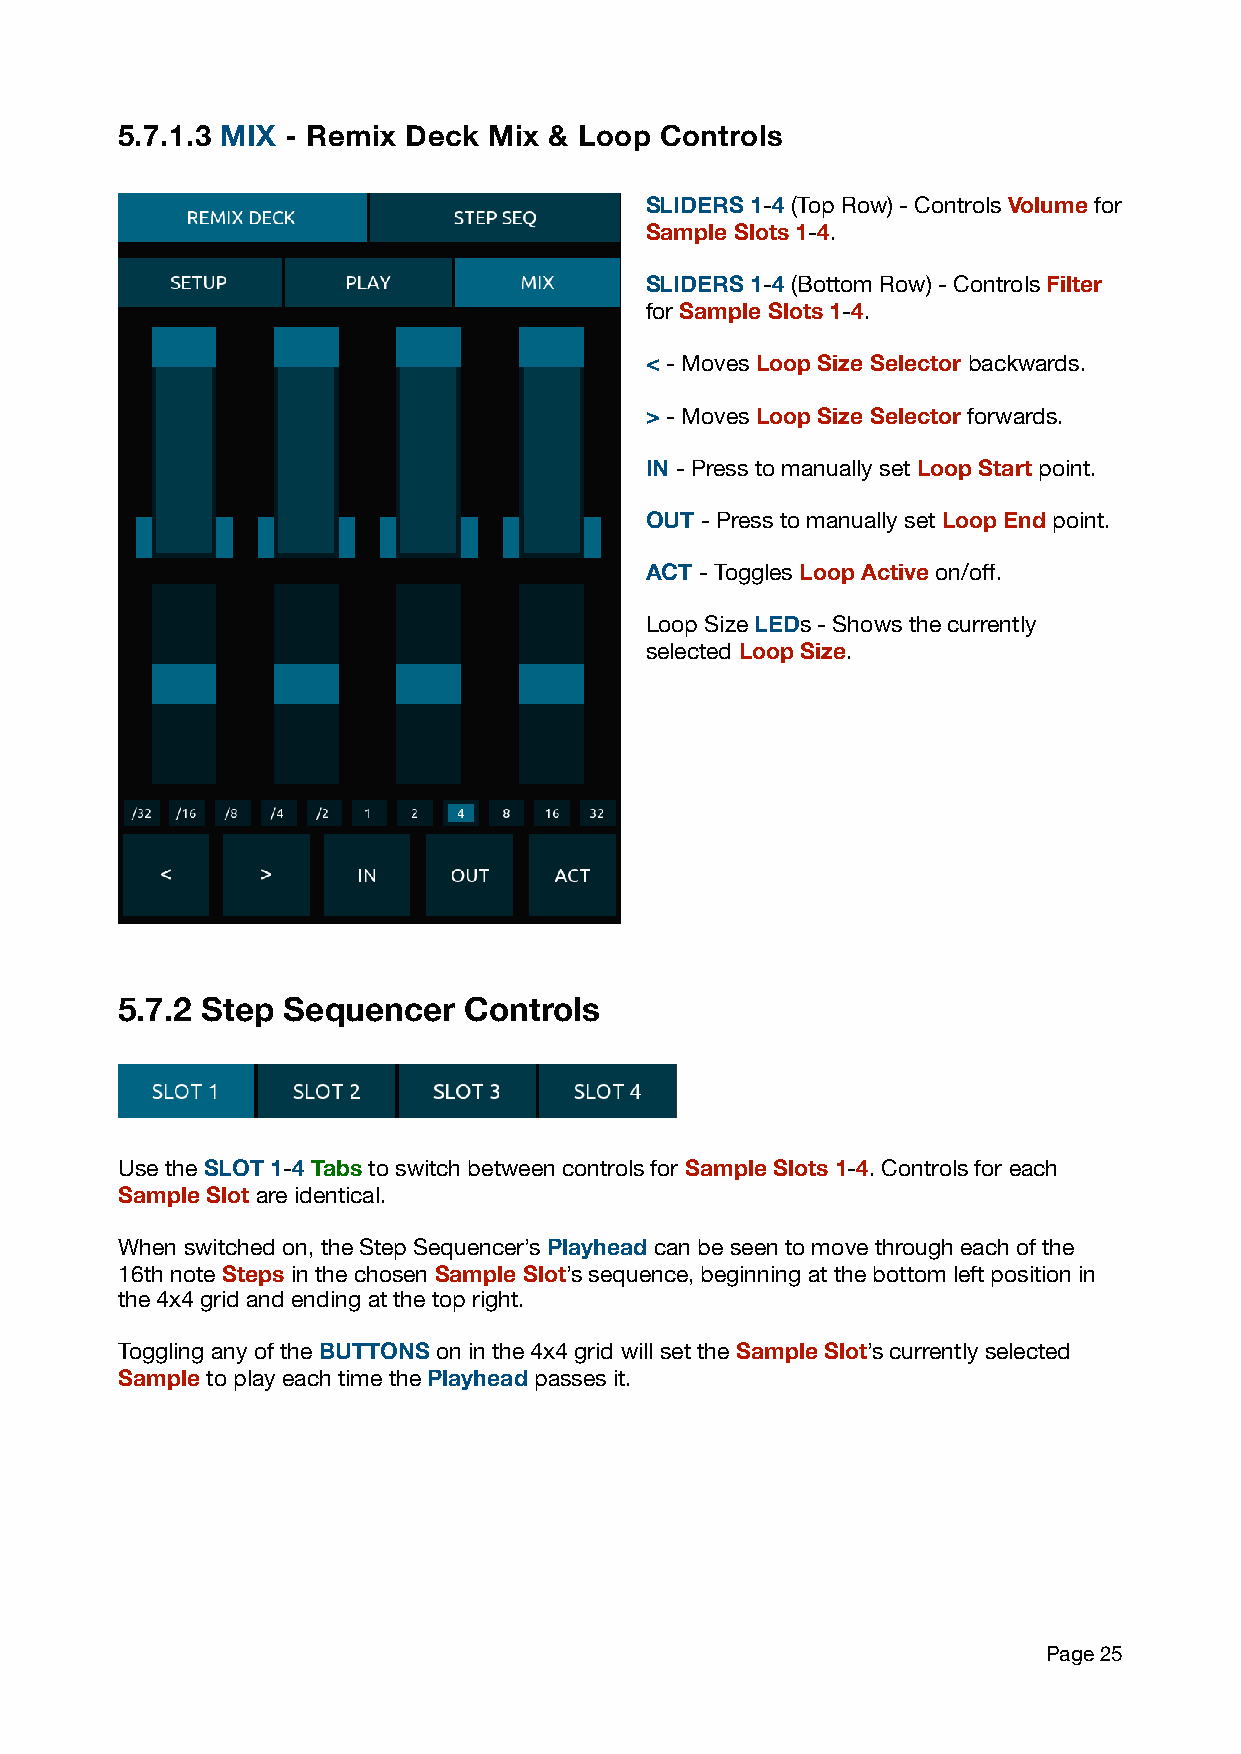
5.7.1.3 MIX - Remix Deck Mix & Loop Controls
 SLIDERS 1-4 (Top Row) - Controls Volume for
 Sample Slots 1-4.
 SLIDERS 1-4 (Bottom Row) - Controls Filter
 for Sample Slots 1-4.
 < - Moves Loop Size Selector backwards.
 > - Moves Loop Size Selector forwards.
 IN - Press to manually set Loop Start point.
 OUT - Press to manually set Loop End point.
 ACT - Toggles Loop Active on/off.
 Loop Size LEDs - Shows the currently
 selected Loop Size.
 5.7.2 Step Sequencer   Controls
 Use the SLOT 1-4 Tabs to switch between controls for Sample Slots 1-4. Controls for each
 Sample Slot are identical.
 When switched on, the Step Sequencer’s Playhead can be seen to move through each of the
 16th note Steps in the chosen Sample Slot’s sequence, beginning at the bottom left position in
 the 4x4 grid and ending at the top right.
 Toggling any of the BUTTONS on in the 4x4 grid will set the Sample Slot’s currently selected
 Sample to play each time the Playhead passes it.
 Page 25